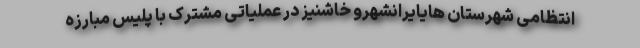
انتظامی شهرستان هایایرانشهرو خاشنیز در عملیاتی مشترک با پلیس مبارزه